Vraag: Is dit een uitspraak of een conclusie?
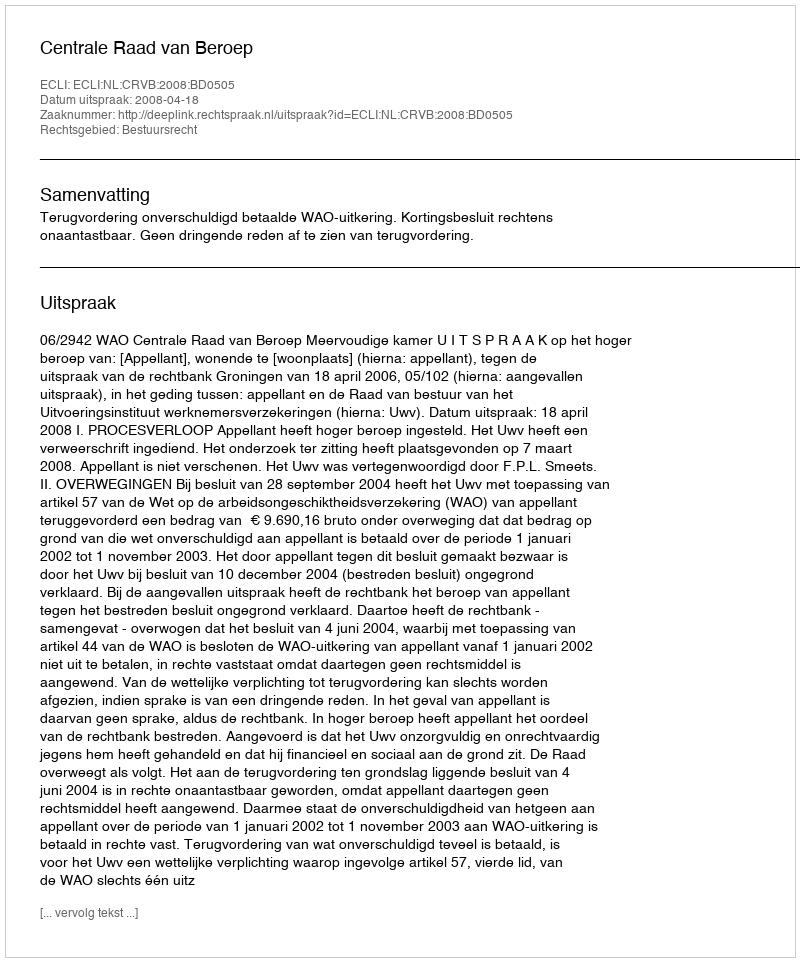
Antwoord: Uitspraak